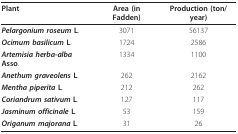
<table><thead><tr><td><b>Plant</b></td><td><b>Area (in Fadden)</b></td><td><b>Production (ton/year)</b></td></tr></thead><tbody><tr><td><b><i>Pelargonium roseum </i>L</b>.</td><td>3071</td><td>56137</td></tr><tr><td><b><i>Ocimum basilicum </i>L</b>.</td><td>1724</td><td>2586</td></tr><tr><td><b><i>Artemisia herba-alba </i>Asso</b>.</td><td>1334</td><td>1100</td></tr><tr><td><b><i>Anethum graveolens </i>L</b>.</td><td>262</td><td>2162</td></tr><tr><td><b><i>Mentha piperita </i>L</b>.</td><td>212</td><td>262</td></tr><tr><td><b><i>Coriandrum sativum </i>L</b>.</td><td>127</td><td>117</td></tr><tr><td><b><i>Jasminum officinale </i>L</b>.</td><td>53</td><td>159</td></tr><tr><td><b><i>Origanum majorana </i>L</b>.</td><td>31</td><td>26</td></tr></tbody></table>